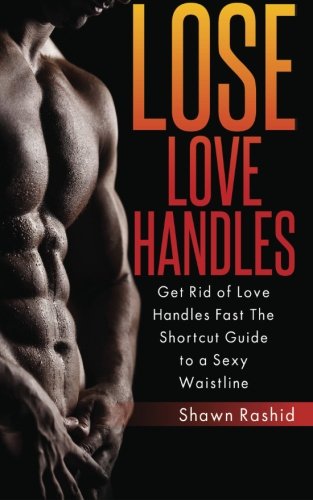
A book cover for Lost Love Handles: Get Rid of Love Handles Fast The Shortcut Guide to a Sexy Waisttline; Shawn Rashid; Health, Fitness & Dieting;